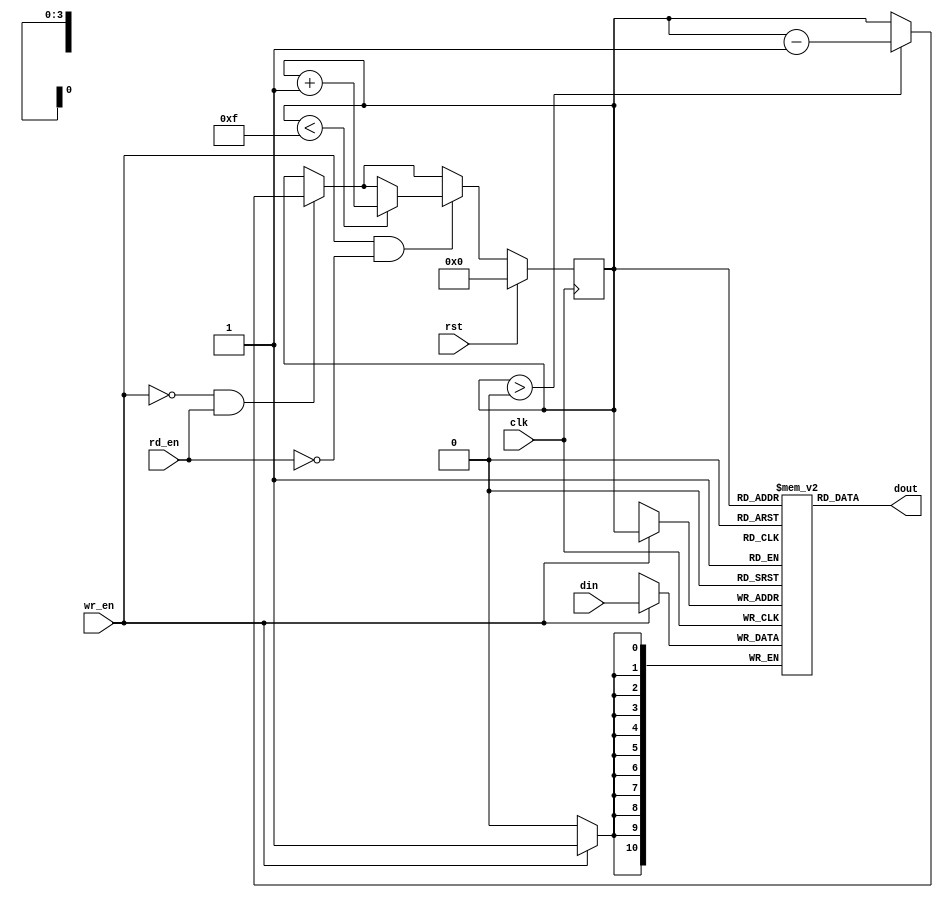
`timescale 1ns / 1ps
//////////////////////////////////////////////////////////////////////////////////
// Company: 
// Engineer: 
// 
// Design Name: 
// Module Name:    LIFO 
// Project Name: 
// Target Devices: 
// Tool versions: 
// Description: 
//
// Dependencies: 
//
// Revision: 
// Revision 0.01 - File Created
// Additional Comments: 
//
//////////////////////////////////////////////////////////////////////////////////
module LIFO(
    input clk,
	 input rst,
    input wr_en,
    input rd_en,
    input [10:0] din,
    output [10:0] dout
    );


   (* RAM_STYLE="DISTRIBUTED" *)
   reg [3:0] addr;
	reg [10:0] ram [15:0];

   always@(posedge clk)
		if (rst)
			addr<=0;
		else 
			 begin 
			  if (wr_en==0 && rd_en==1)  //leer
					if (addr>0)
						addr<=addr-1;
			  if (wr_en==1 && rd_en==0)  //guardar
					if (addr<15)
						addr<=addr+1;
			 end
		
	always @(posedge clk)
      if (wr_en)
         ram[addr] <= din;

   assign dout = ram[addr];   

endmodule